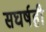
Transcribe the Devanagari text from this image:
सघर्षही